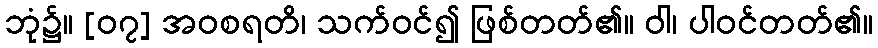
ဘုံ၌။ [၀၇] အဝစရတိ၊ သက်ဝင်၍ ဖြစ်တတ်၏။ ဝါ၊ ပါဝင်တတ်၏။